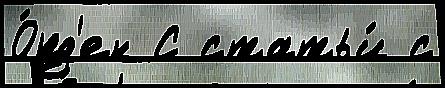
О́рд'ен С статьи́ с